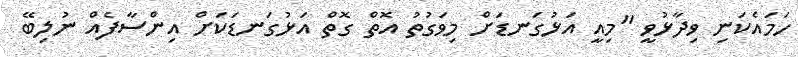
ހަމައެކަނި ވިދާޅުވީ "މިއީ އަޅުގަނޑަށް މިވަގުތު އޮތް ގޮތް އަޅުގަނޑަކަށް އިންސާފެއް ނުލިބޭ